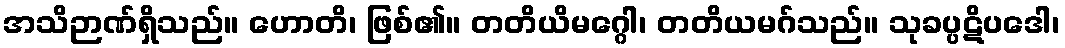
အသိဉာဏ်ရှိသည်။ ဟောတိ၊ ဖြစ်၏။ တတိယိမဂ္ဂေါ၊ တတိယမဂ်သည်။ သုခပ္ပဋိပဒေါ၊